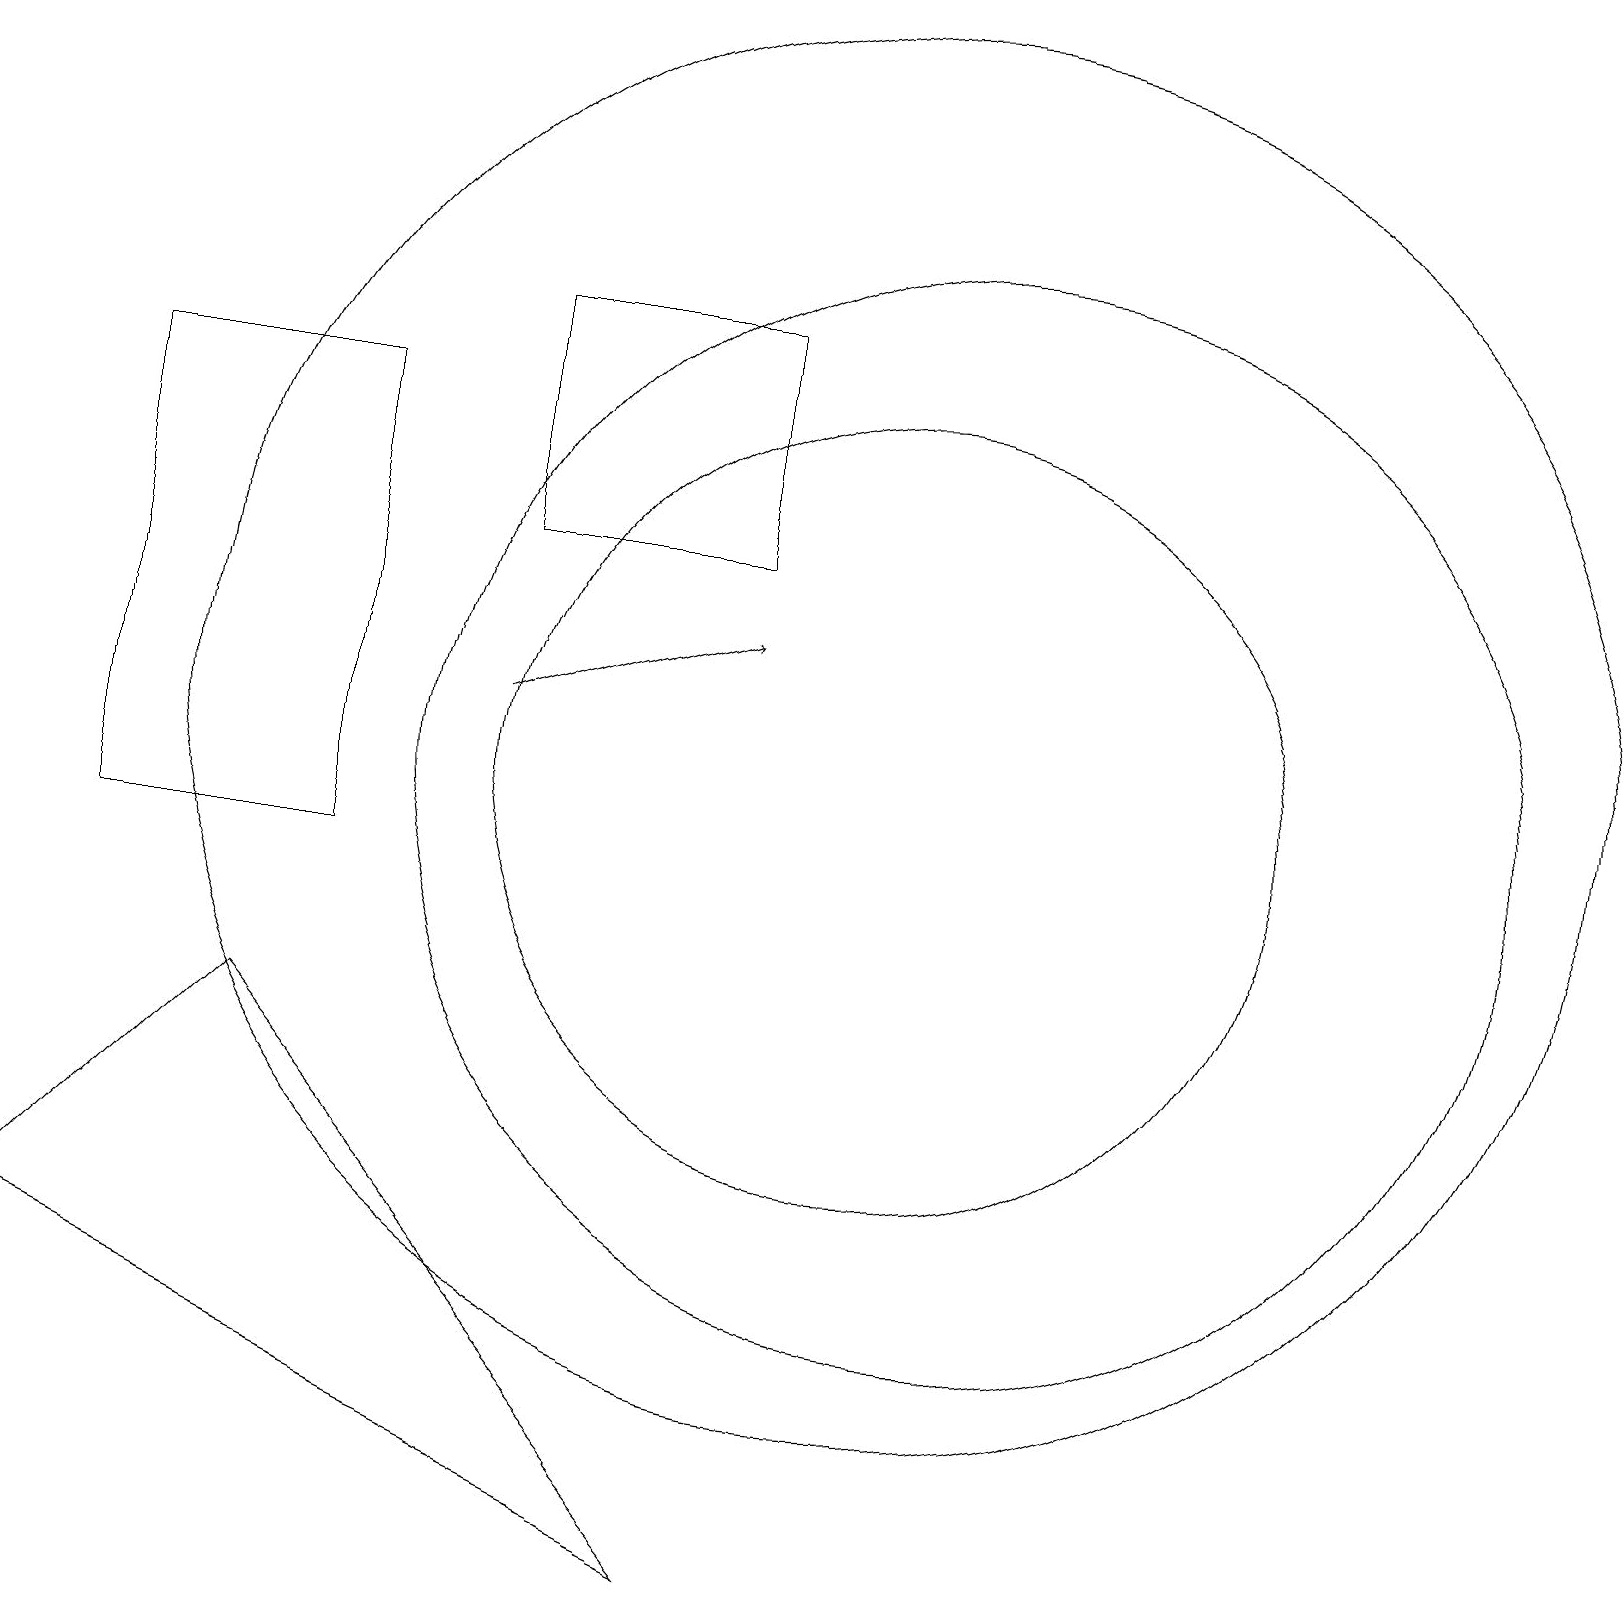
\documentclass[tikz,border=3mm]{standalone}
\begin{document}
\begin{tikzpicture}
\draw (11,12) circle (9);
\draw (4,10) rectangle (1,16);
\draw (11,11) circle (5);
\draw (12,11) circle (7);
\draw[->] (6,12) -- (9,13);
\draw (6,14) rectangle (9,17);
\draw (3,8) -- (9,1) -- (0,5) -- cycle;
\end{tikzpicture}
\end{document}